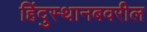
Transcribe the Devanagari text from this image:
हिंदुस्थानबवरील